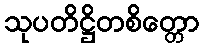
သုပတိဋ္ဌိတစိတ္တော